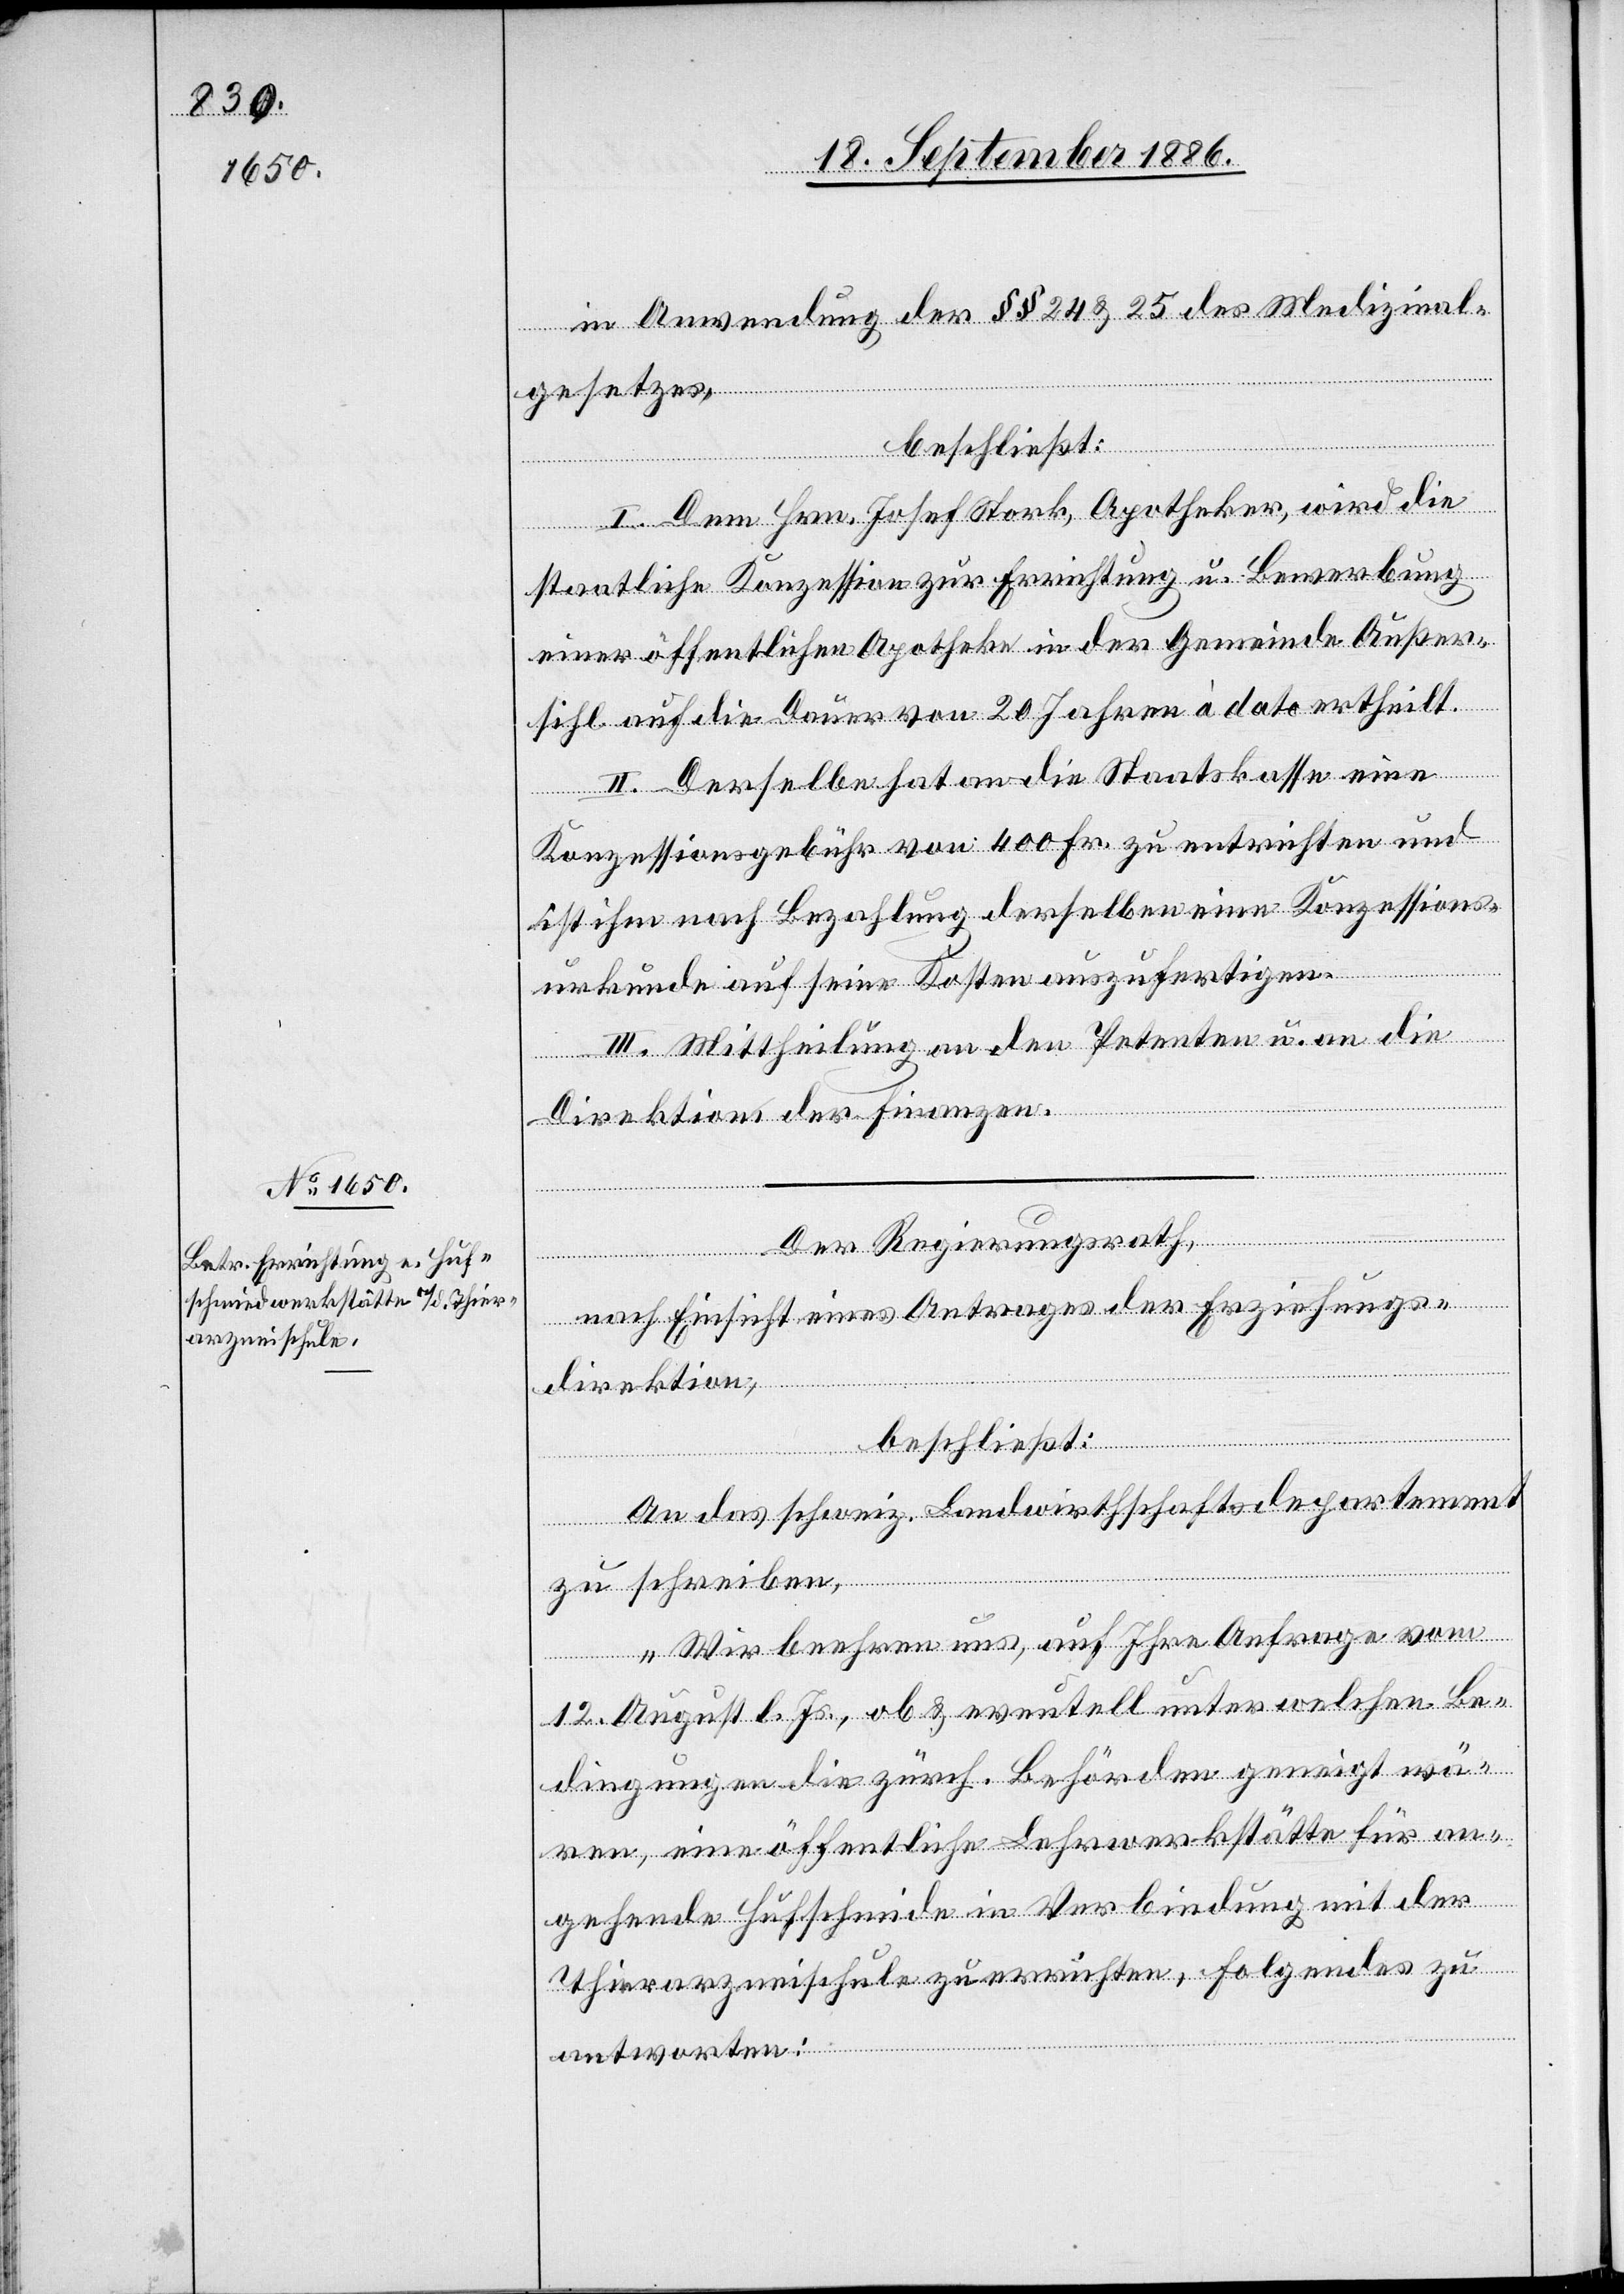
in Anwendung der §§ 24 & 25 des Medizinal¬
gesetzes,
beschließt:
I. Dem Hrn. Josef Stork, Apotheker, wird die
staatliche Konzession zur Errichtung u. Bewerbung
einer öffentlichen Apotheke in der Gemeinde Außer¬
sihl auf die Dauer von 20 Jahren à dato ertheilt.
II. Derselbe hat an die Staatskasse eine
Konzessionsgebühr von 400 Fr. zu entrichten und
ist ihm nach Bezahlung derselben eine Konzessions¬
urkunde auf seine Kosten auszufertigen.
III. Mittheilung an den Petenten u. an die
Direktion der Finanzen.
Der Regierungsrath,
nach Einsicht eines Antrages der Erziehungs¬
direktion,
beschließt:
Folgendes
An das schweiz. Landwirthschaftsdepartement
zu schreiben,
„Wir beehren uns, auf Ihre Anfrage vom
12. August l. Js., ob & eventuell unter welchen Be¬
dingungen die zürch. Behörden geneigt wä¬
ren, eine öffentliche Lehrwerkstätte für an¬
antworten: